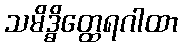
သမိဒ္ဓိတ္ထေရဂါထာ